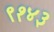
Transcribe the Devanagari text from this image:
९१४३